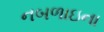
નબળાઇના